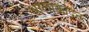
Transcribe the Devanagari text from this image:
थालाक्कोदन